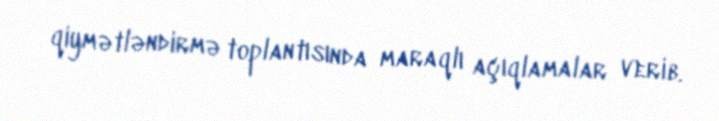
qiymətləndirmə toplantısında maraqlı açıqlamalar verib.